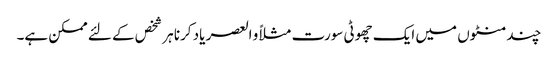
چند منٹوں میں ایک چھوٹی سورت مثلاً و العصر یاد کرنا ہر شخص کے لئے ممکن ہے۔